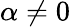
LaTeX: \alpha\neq 0